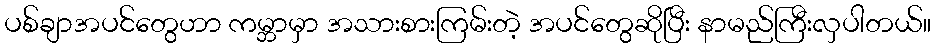
ပစ်ချာအပင်တွေဟာ ကမ္ဘာမှာ အသားစားကြမ်းတဲ့ အပင်တွေဆိုပြီး နာမည်ကြီးလှပါတယ်။